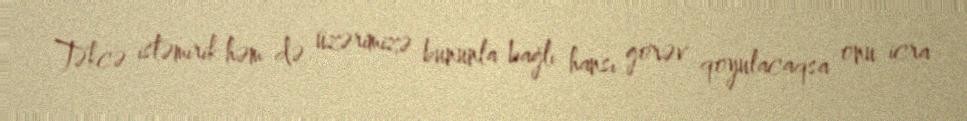
Təkcə istəmirik həm də üzərimizə bununla bağlı hansı görəv qoyulacaqsa onu icra